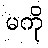
မကို